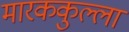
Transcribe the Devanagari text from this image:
मारककुल्ला